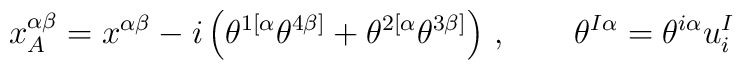
x^{\alpha\beta}_A  = x^{\alpha\beta} - i\left(\theta^{1[\alpha} \theta^{4\beta]}  +  \theta^{2[\alpha} \theta^{3\beta]} \right)\,, \qquad \theta^{I\alpha} =  \theta^{i\alpha}u^I_i